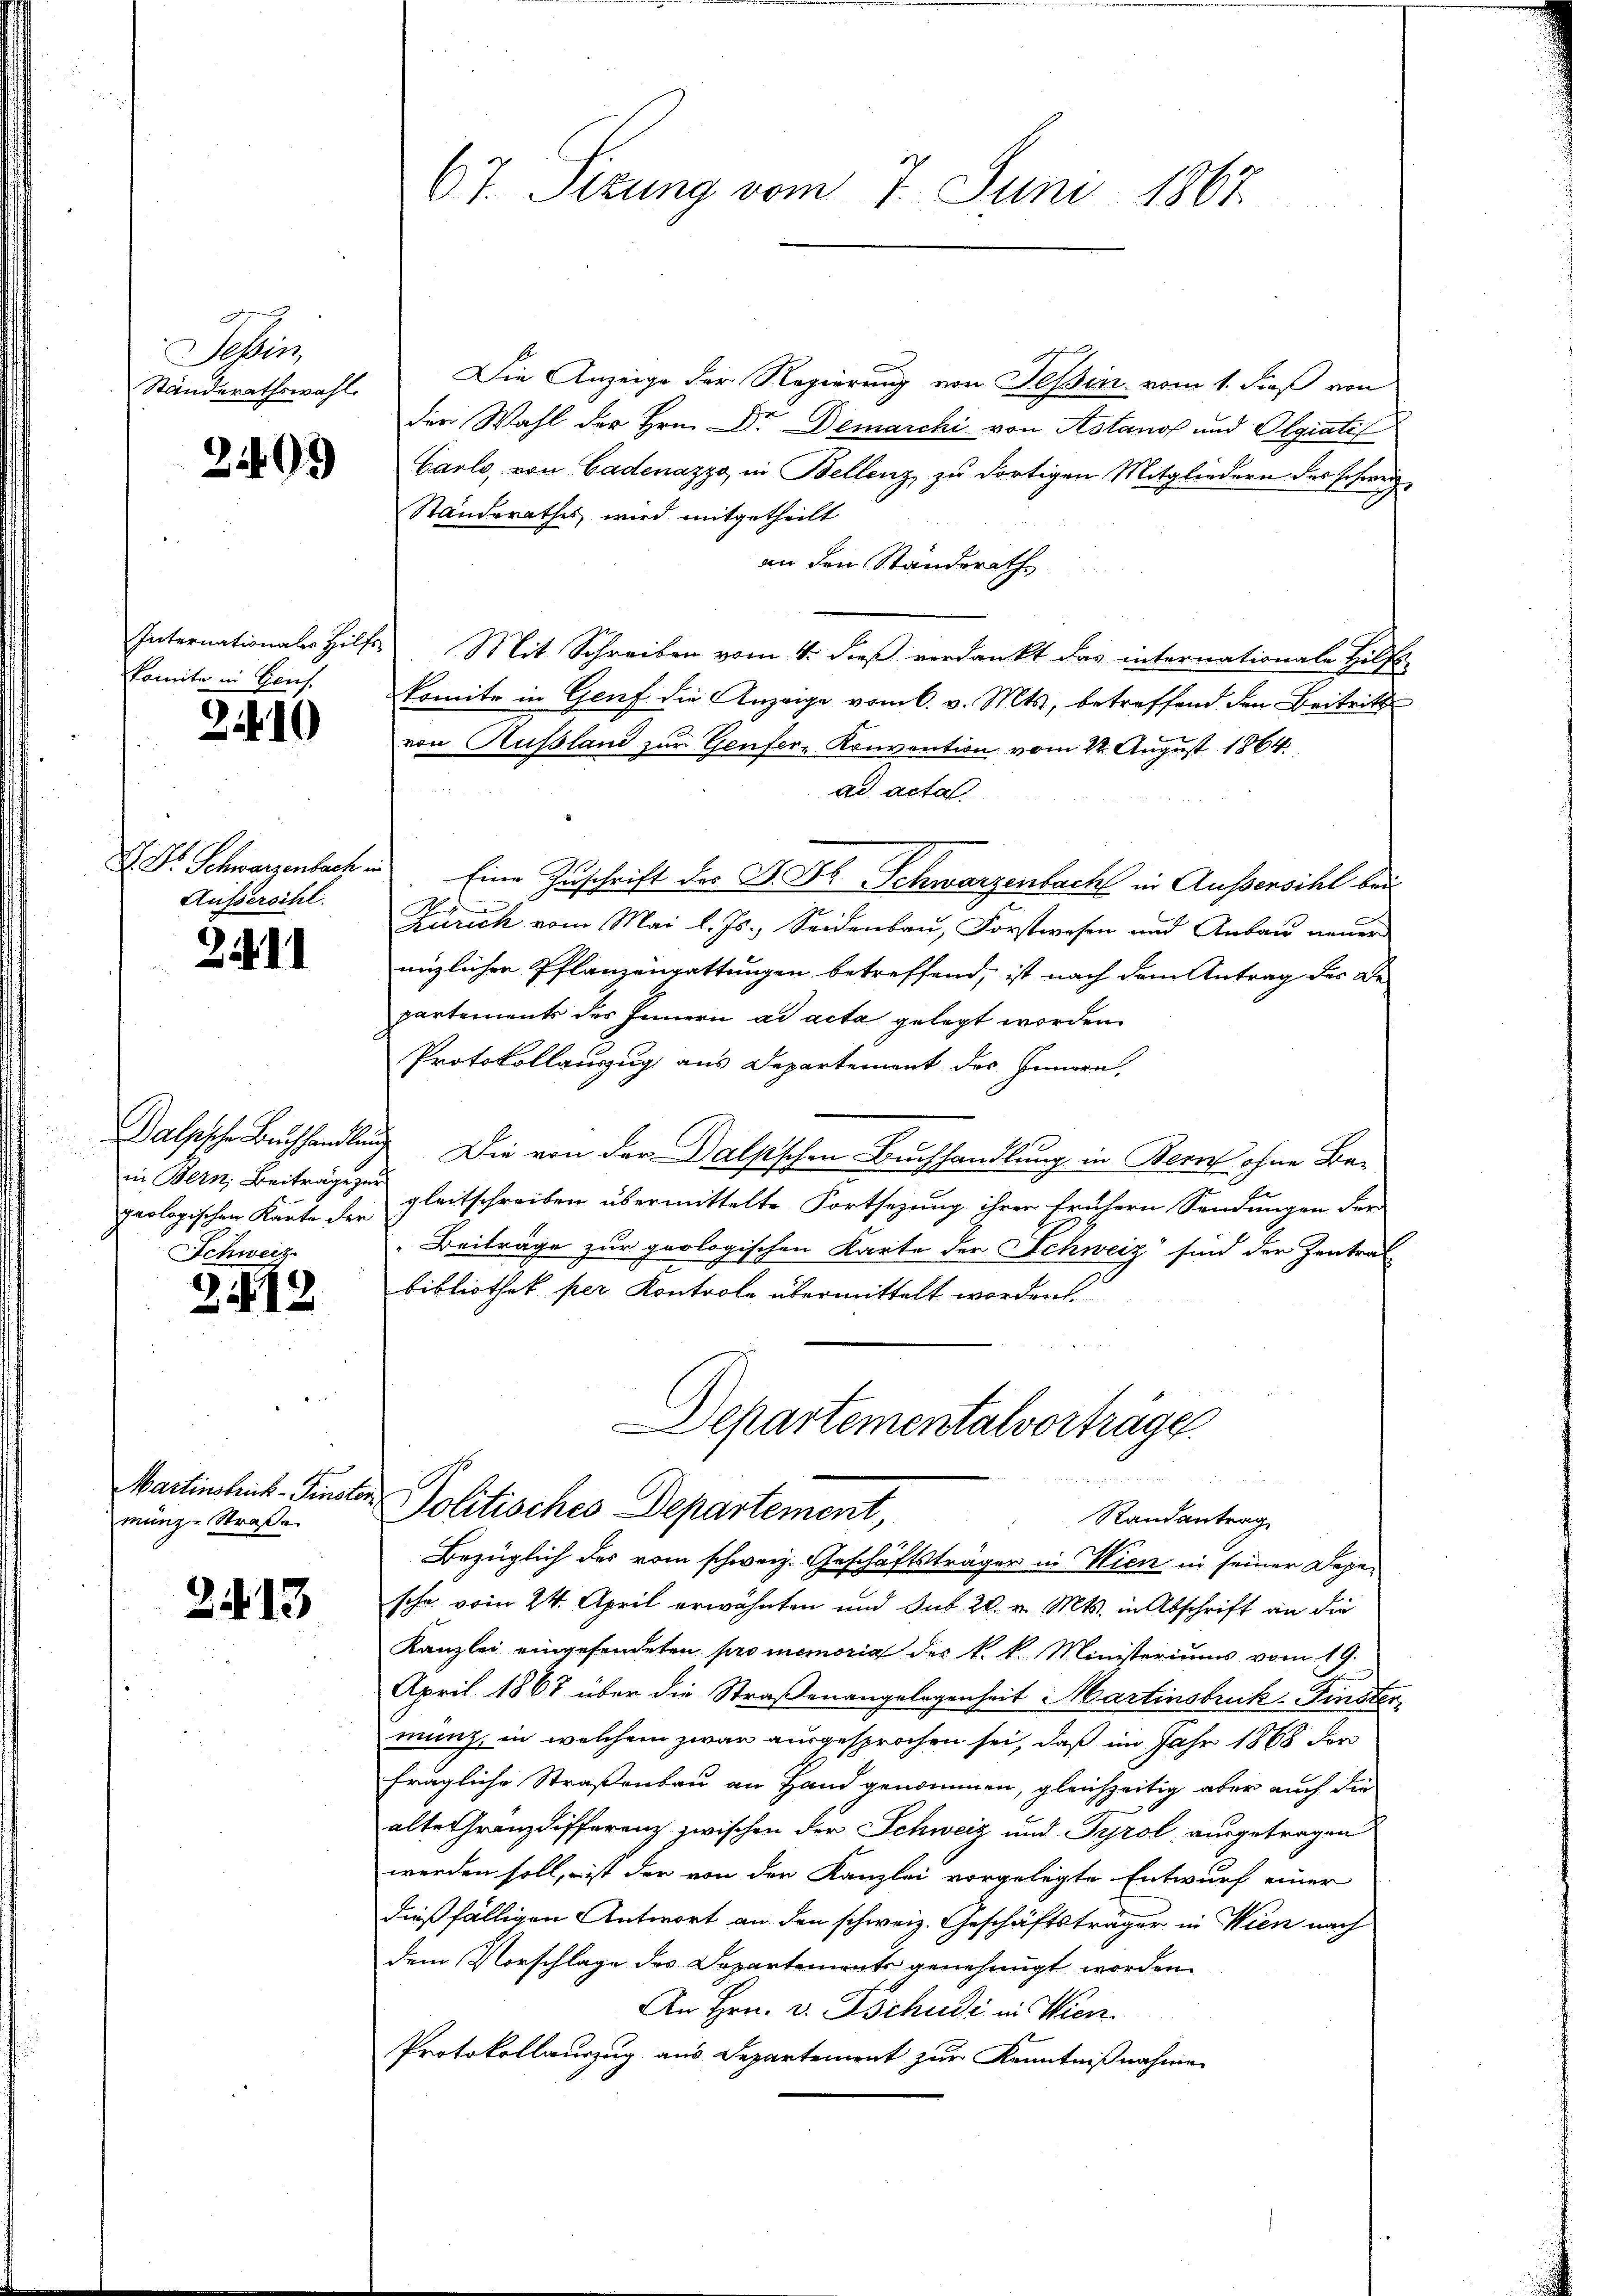
Tessin,
Standerathswahl.

2409)

komite in Genf.

2410

Aussersihl.

211

in Bern, Beiträge zur
geologischen Karte der
Schweiz

212

mung - Straße

2413

67. Sizung vom 7. Juni 1867.

Die Anzeige der Regierung von Tessin vom 1. dieß von
der Wahl der Hrn. Dr. Demarchi von Astanos und Olgiatis
Garlo, von Gadenazzo, in Bellenz zu dortigen Mitgliedern des schweiz
Standerathes wird mitgetheilt
an den Standsrath
Internationale Hilfs Mit Schreiben vom 4. dieß verdankt das internationale Hilfs-
komite in Genf die Anzeige vom 6. v. Mts., betreffend den Beitritt
von Aussland zur Genfer- Konvention vom 22. August 1864.
ad acta
V. D. Schwarzenbachen Eine Zuschrift des P. Dr Schwarzenbach in Aussersihl bei
.

Zürich vom Mai l. Js., Seidenbau, Forstwesen und Anbau neuer
nüzlicher Pflanzengattungen betreffend, ist nach dem Antrag der Be-
partements des Innern ad acta gelegt worden.
Protokollauszug aus Departement des Innern,
alpische Buchhandlung Die von der Dalsschen Buchhandlung in Bern ohne Begleitschreiben übermittelte Fortsezung ihrer frühern Sendungen der
Beiträge zur geologischen Karte der Schweiz sind der Zentrat
bibliothek per Kontrole übermittelt worden.
Departementalvorträge.

Martinstrick - Fenster Politisches Departement,
Randantrag
Bezüglich des vom schweiz. Geschäftsträger in Wien in seiner Depe¬

schon vom 24. April erwähnten und sub 20. v. Mts. in Abschrift an die
Kanzlei eingesendeten promemoria des k. k. Ministeriums vom 19.
April 1867 über die Straßenangelegenheit Martinsbruck. Finsten,
mung, in welchem zwar ausgesprochen sei, daß im Jahr 1868 der
frägliche Straßenbau an Hand genommen, gleichzeitig aber auch die
alte Gränzdifferenz zwischen der Schweiz und Tyrol ausgetragen
werden soll, ist der von der Kanzlei vorgelegte Entwurf einer
dießfälligen Antwort an den schweiz. Geschäftsträger in Wien nach
dem Vorschlage des Departements genehmigt worden.
An Hrn. v. Tschudi in Wien
Protokollauszug aus Departement zur Kenntnißnahme